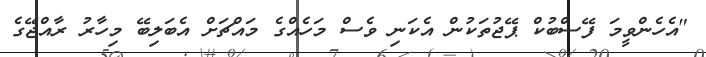
"އެހެންވީމަ ފޭސްބުކް ޕޭޖުތަކުން އެކަނި ވެސް މަހެއްގެ މައްޗަށް އެބަލިބޭ މިހާރު ރާއްޖޭގެ